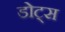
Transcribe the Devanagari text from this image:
डोट्स